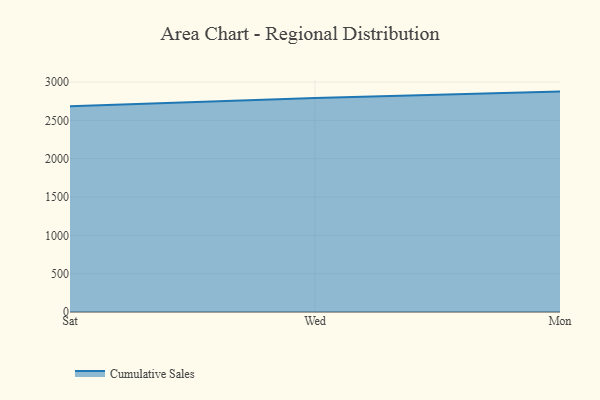
{"axis": {"x": "Day", "y": "Inventory Turnover"}, "legend": ["Cumulative Sales"], "data": [{"x": "Sat", "y": 2685.1, "type": "Cumulative Sales"}, {"x": "Wed", "y": 2792.5, "type": "Cumulative Sales"}, {"x": "Mon", "y": 2875.6, "type": "Cumulative Sales"}]}